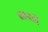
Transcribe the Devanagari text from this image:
बसवती